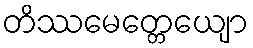
တိဿမေတ္တေယျော